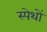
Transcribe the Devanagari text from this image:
स्पेथों